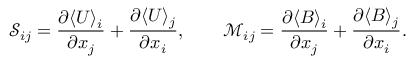
\mathcal { S } _ { i j } = \frac { \partial \langle U \rangle _ { i } } { \partial x _ { j } } + \frac { \partial \langle U \rangle _ { j } } { \partial x _ { i } } , \qquad \mathcal { M } _ { i j } = \frac { \partial \langle B \rangle _ { i } } { \partial x _ { j } } + \frac { \partial \langle B \rangle _ { j } } { \partial x _ { i } } .